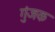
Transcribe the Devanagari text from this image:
गुंजक